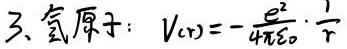
3、氢原子：$V(r)=-\frac{e^{2}}{4\pi\varepsilon_{0}}\cdot\frac{1}{r}$